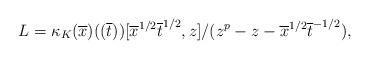
LaTeX: \begin{align*}L = \kappa_K(\overline{x})((\overline{t}))[\overline{x}^{1/2} \overline{t}^{1/2}, z]/(z^p - z - \overline{x}^{1/2} \overline{t}^{-1/2}),\end{align*}